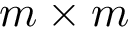
m \times m